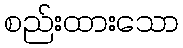
စည်းထားသော